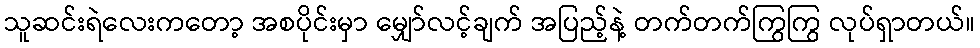
သူဆင်းရဲလေးကတော့ အစပိုင်းမှာ မျှော်လင့်ချက် အပြည့်နဲ့ တက်တက်ကြွကြွ လုပ်ရှာတယ်။